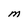
Character: M